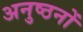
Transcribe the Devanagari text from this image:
अनुष्ठनों